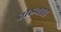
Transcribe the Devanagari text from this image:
तोरुन्यसह